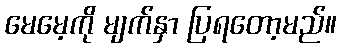
မေမေ့ကို မျက်နှာ ပြရတော့မည်။